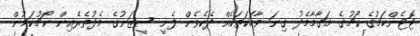
ޓޮޓެންހަމުގެ ކޯޗުގެ މަގާމާމެދު ގިނަ ވާހަކަތަކެއް ދެކެވެން ފެށީ ސީޒަނުގެ މެދުތެރެއިން ކޯޗުކަމުން